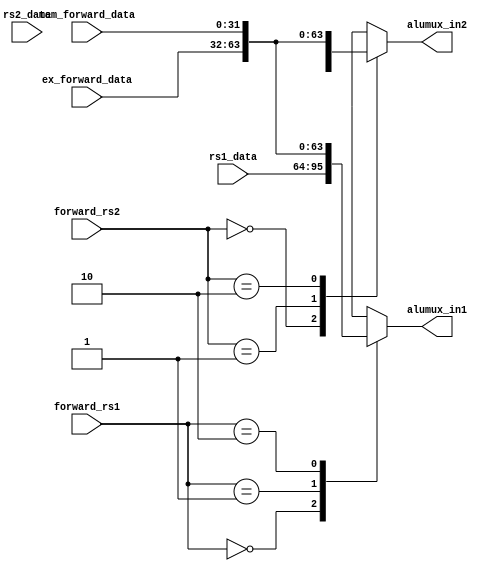
module Pipelineforwardingmux(input [31:0] rs1_data, input [31:0] rs2_data, input [31:0] ex_forward_data, input [31:0] mem_forward_data,
input [1:0] forward_rs1, input [1:0] forward_rs2, output reg [31:0] alumux_in1,output reg [31:0] alumux_in2);
	 
always@(rs1_data,ex_forward_data,mem_forward_data,forward_rs1)
begin
case(forward_rs1)
2'b00: alumux_in1=rs1_data;
2'b01: alumux_in1=ex_forward_data;
2'b10: alumux_in1=mem_forward_data;
default: alumux_in1=32'bx;
endcase
end

always@(rs2_data,ex_forward_data,mem_forward_data,forward_rs2)
begin
case(forward_rs2)
2'b00: alumux_in2=rs2_data;
2'b01: alumux_in2=ex_forward_data;
2'b10: alumux_in2=mem_forward_data;
default: alumux_in2=32'bx;
endcase
end
endmodule